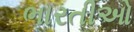
ભારતીઓ